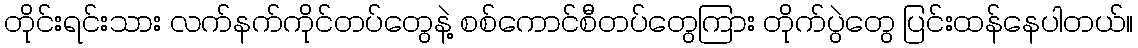
တိုင်းရင်းသား လက်နက်ကိုင်တပ်တွေနဲ့ စစ်ကောင်စီတပ်တွေကြား တိုက်ပွဲတွေ ပြင်းထန်နေပါတယ်။